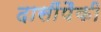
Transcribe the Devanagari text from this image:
दासींपैकी